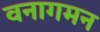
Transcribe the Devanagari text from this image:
वनागमन